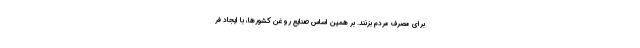
برای مصرف مردم بزنند. بر همین اساس صنایع روغن کشورها، با ایجاد فر